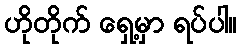
ဟိုတိုက် ရှေ့မှာ ရပ်ပါ။